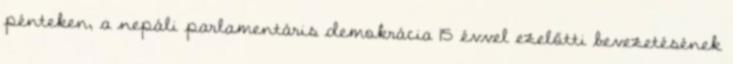
pénteken, a nepáli parlamentáris demokrácia 15 évvel ezelőtti bevezetésének